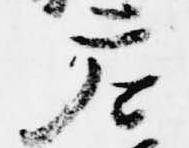
参